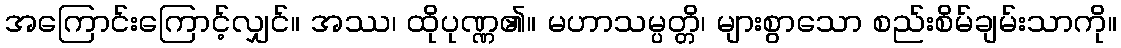
အကြောင်းကြောင့်လျှင်။ အဿ၊ ထိုပုဏ္ဏ၏။ မဟာသမ္ပတ္တိ၊ များစွာသော စည်းစိမ်ချမ်းသာကို။